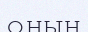
оның